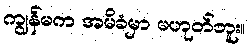
ကျွန်မက အမိခံမှာ မဟုတ်ဘူး။